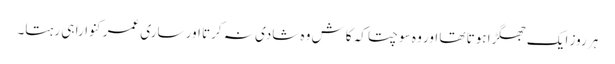
ہر روز ایک جھگڑا ہوتا تھا اور وہ سوچتا کہ کاش وہ شادی نہ کرتا اور ساری عمر کنوارا ہی رہتا۔